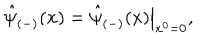
LaTeX: \hat { \psi } _ { ( - ) } ( { \bf x } ) = \left. \hat { \psi } _ { ( - ) } ( x ) \right| _ { x ^ { 0 } = 0 } , \; \;